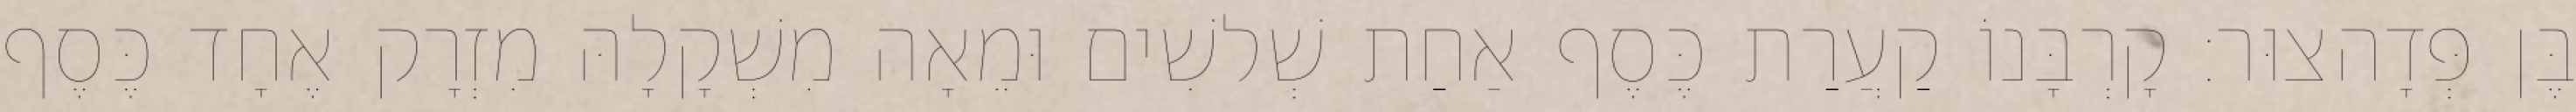
בֶּן פְּדָהצוּר׃ קָרְבָּנוֹ קַעֲרַת כֶּסֶף אַחַת שְׁלשִׁים וּמֵאָה מִשְׁקָלָהּ מִזְרָק אֶחָד כֶּסֶף